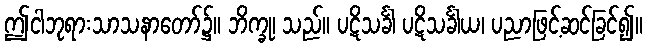
ဤငါဘုရားသာသနာတော်၌။ ဘိက္ခု၊ သည်။ ပဋိသင်္ခါ ပဋိသင်္ခါယ၊ ပညာဖြင့်ဆင်ခြင်၍။